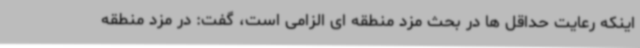
اینکه رعایت حداقل ها در بحث مزد منطقه ای الزامی است، گفت: در مزد منطقه